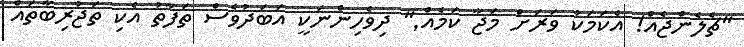
''ޗެލެންޖެއް! އެކަމަކު ވަރަށް މަޖާ ކަމެއް